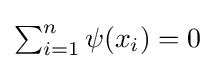
{\textstyle \sum _{i=1}^{n}\psi (x_{i})=0}